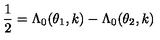
\frac { 1 } { 2 } = \Lambda _ { 0 } ( \theta _ { 1 } , k ) - \Lambda _ { 0 } ( \theta _ { 2 } , k )